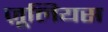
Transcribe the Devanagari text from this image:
ज़ूलियस